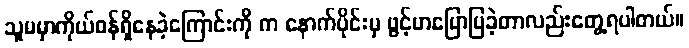
သူမမှာကိုယ်ဝန်ရှိနေခဲ့ကြောင်းကို က နောက်ပိုင်းမှ ဖွင့်ဟပြောပြခဲ့တာလည်းတွေ့ရပါတယ်။